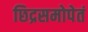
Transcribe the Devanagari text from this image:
छिद्रसमोपेतं